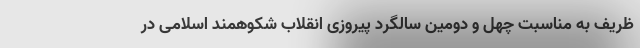
ظریف به مناسبت چهل و دومین سالگرد پیروزی انقلاب شکوهمند اسلامی در